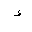
Letter: _hamza